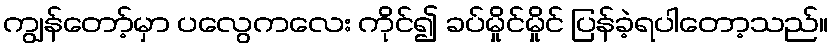
ကျွန်တော့်မှာ ပလွေကလေး ကိုင်၍ ခပ်မှိုင်မှိုင် ပြန်ခဲ့ရပါတော့သည်။